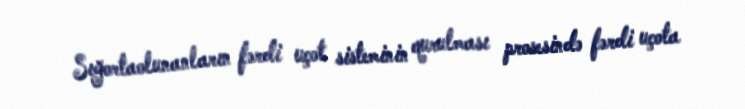
Sığortaolunanların fərdi uçot sisteminin qurulması prosesində fərdi uçota